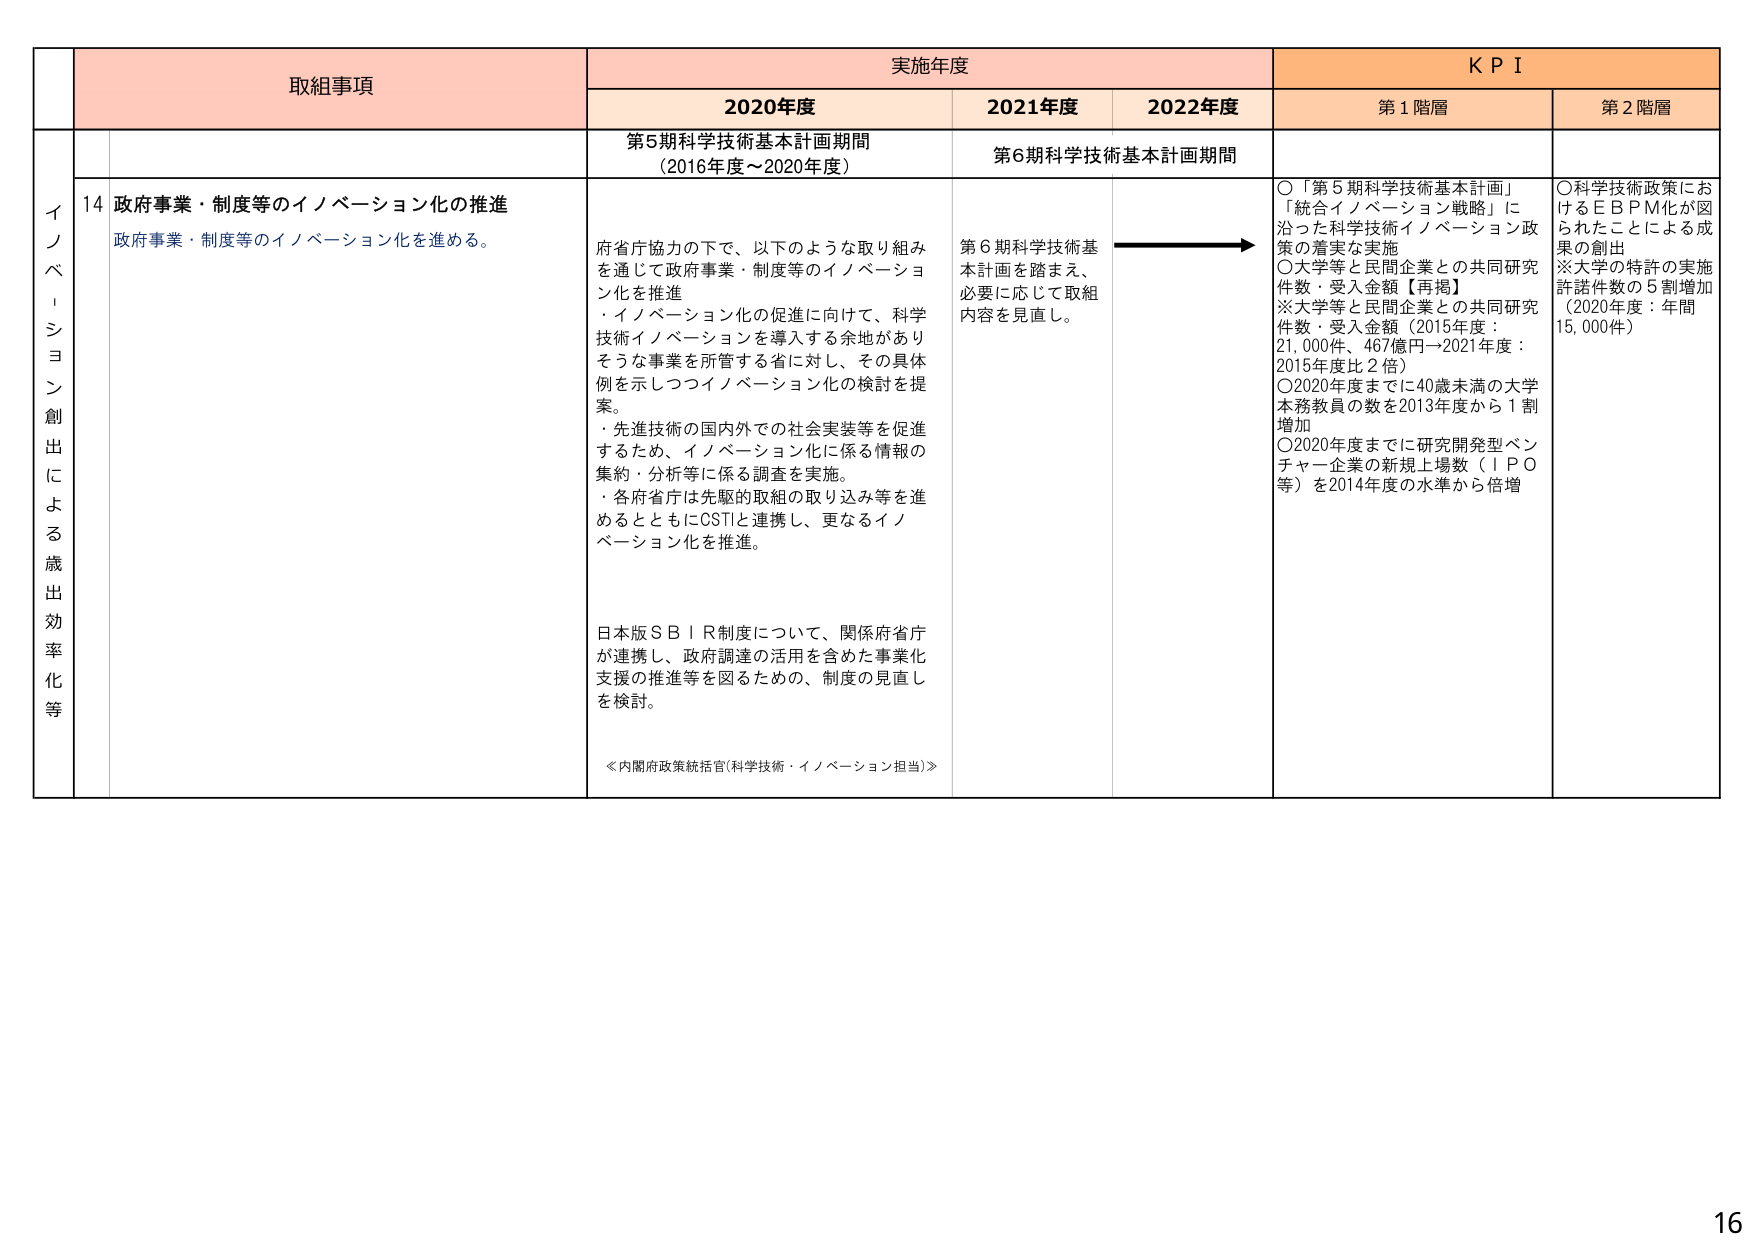
取組事項
実施年度
KPI
2020年度
2021年度
2022年度
第1階層
第2階層
イノベーション創出による歳出効率化等
14 政府事業・制度等のイノベーション化の推進
政府事業・制度等のイノベーション化を進める。
第5期科学技術基本計画期間
（2016年度～2020年度）
第6期科学技術基本計画期間
府省庁協力の下で、以下のような取り組みを通じて政府事業・制度等のイノベーション化を推進
・イノベーション化の促進に向けて、科学技術イノベーションを導入する余地がありそうな事業を所管する省に対し、その具体例を示しつつイノベーション化の検討を提案。
・先進技術の国内外での社会実装等を促進するため、イノベーション化に係る情報の集約・分析等に係る調査を実施。
・各府省庁は先駆的取組の取り込み等を進めるとともにCSTIと連携し、更なるイノベーション化を推進。
日本版SBIR制度について、関係府省庁が連携し、政府調達の活用を含めた事業化支援の推進等を図るための、制度の見直しを検討。
≪内閣府政策統括官(科学技術・イノベーション担当)≫
第6期科学技術基本計画を踏まえ、必要に応じて取組内容を見直し。
○「第5期科学技術基本計画」「統合イノベーション戦略」に沿った科学技術イノベーション政策の着実な実施
○大学等と民間企業との共同研究件数・受入金額【再掲】
※大学等と民間企業との共同研究件数・受入金額（2015年度：21,000件、467億円→2021年度：2015年度比2倍）
○2020年度までに40歳未満の大学本務教員の数を2013年度から1割増加
○2020年度までに研究開発型ベンチャー企業の新規上場数（IPO等）を2014年度の水準から倍増
○科学技術政策におけるEBPM化が図られたことによる成果の創出
※大学の特許の実施許諾件数の5割増加（2020年度：年間15,000件）
16